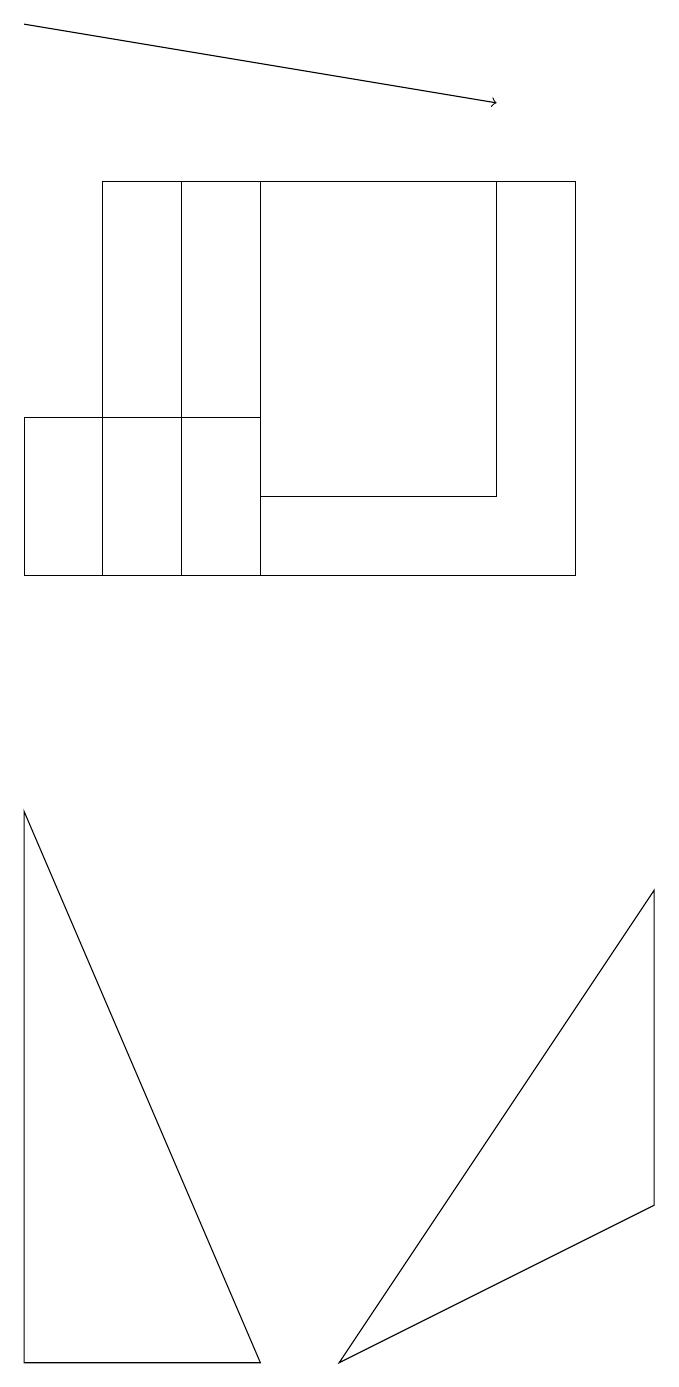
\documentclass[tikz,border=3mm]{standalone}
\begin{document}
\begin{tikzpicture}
\draw (4,10) rectangle (1,12);
\draw (2,10) rectangle (8,15);
\draw (1,0) -- (1,7) -- (4,0) -- cycle;
\draw[->] (1,17) -- (7,16);
\draw (5,0) -- (9,6) -- (9,2) -- cycle;
\draw (3,10) rectangle (3,15);
\draw (4,12) rectangle (4,15);
\draw (7,15) rectangle (4,11);
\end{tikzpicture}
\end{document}